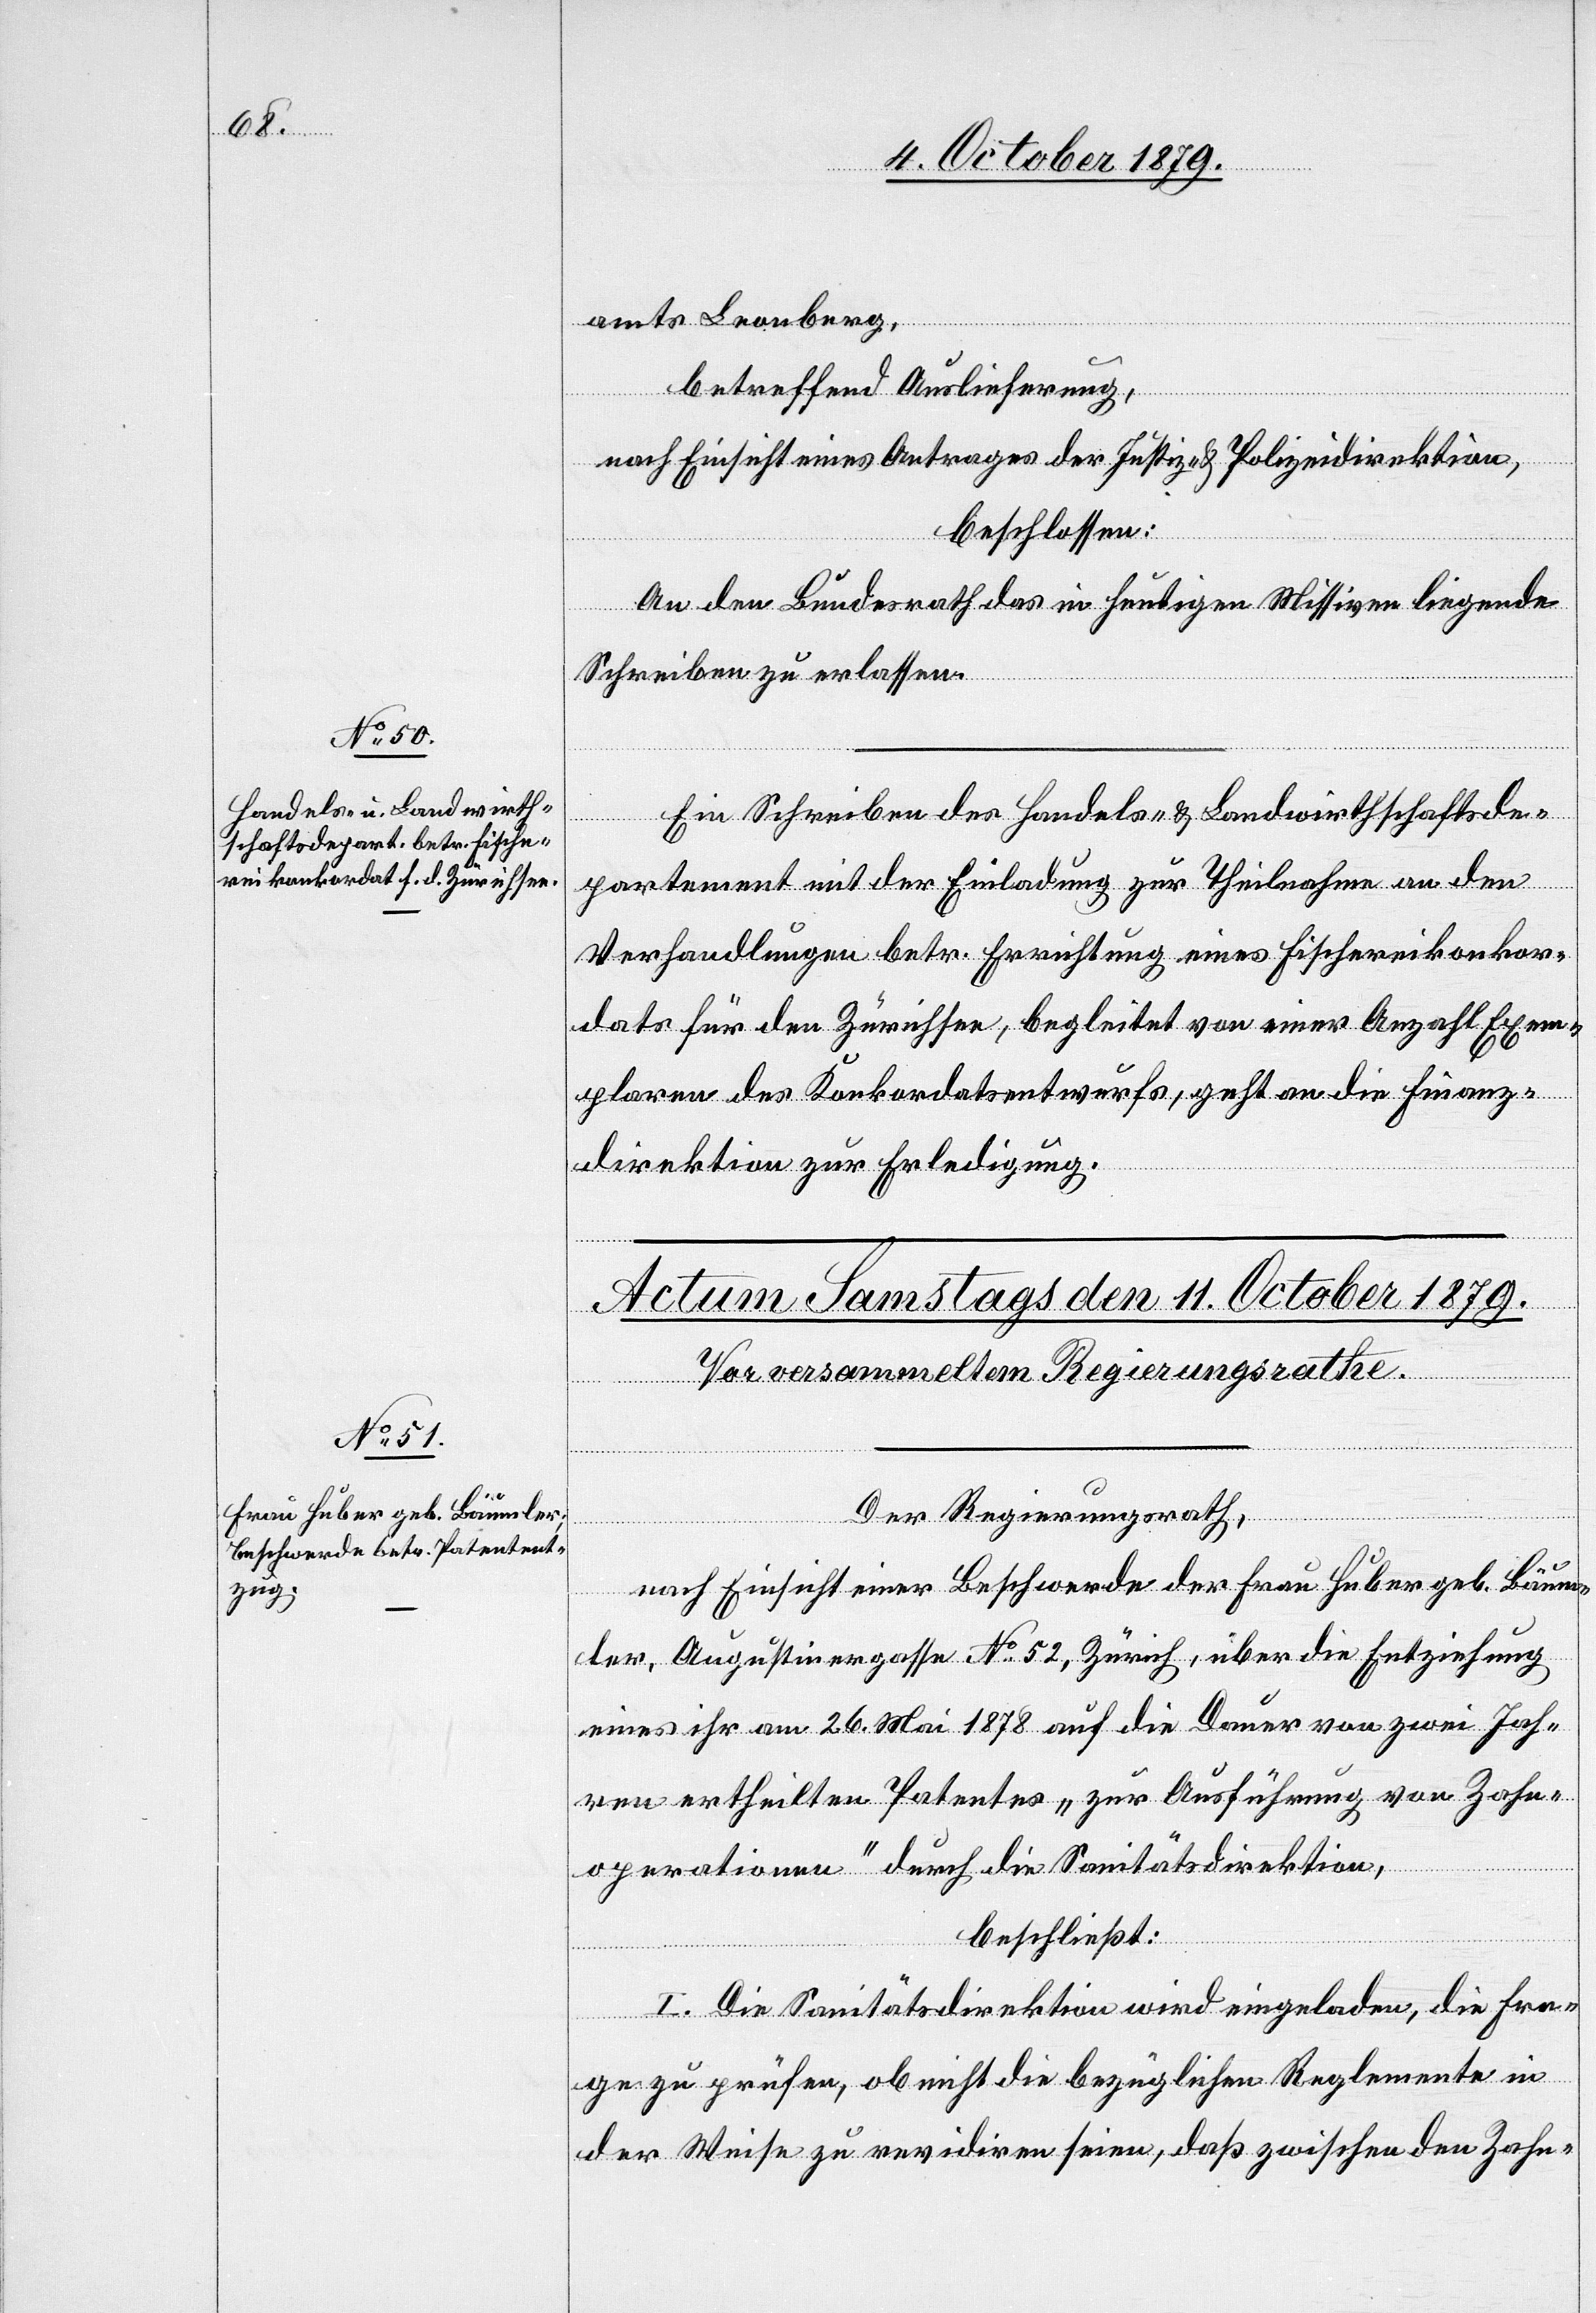
8. October 1879.]
amts Leonberg,
betreffend Auslieferung,
nach Einsicht eines Antrages der Justiz- & Polizeidirektion
beschlossen:
An den Bundesrath das in heutigen Missiven liegende
Schreiben zu erlassen.
Ein Schreiben des Handels- & Landwirthschaftsde¬
partement mit der Einladung zur Theilnahme an den
Verhandlungen betr. Errichtung eines Fischereikonkor¬
dats für den Zürichsee, begleitet von einer Anzahl Exem¬
plaren des Konkordatsentwurfs, geht an die Finanz¬
direktion zur Erledigung.
Der Regierungsrath,
nach Einsicht einer Beschwerde der Frau Huber geb. Bäum¬
ler, Augustinergasse No 52, Zürich, über die Entziehung
eines ihr am 26. Mai 1878 auf die Dauer von zwei Jah¬
ren ertheilten Patentes „zur Ausführung von Zahn¬
operationen“ durch die Sanitätsdirektion,
beschließt:
I. Die Sanitätsdirektion wird eingeladen, die Fra¬
ge zu prüfen, ob nicht die bezüglichen Reglemente in
der Weise zu revidiren seien, daß zwischen den Zahn-